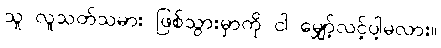
သူ လူသတ်သမား ဖြစ်သွားမှာကို ငါ မျှော့်လင့်ပါ့မလား။